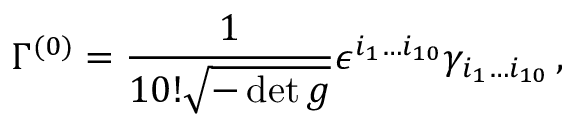
\Gamma ^ { ( 0 ) } = { \frac { 1 } { 1 0 ! \sqrt { - \operatorname * { d e t } g } } } \epsilon ^ { i _ { 1 } \ldots i _ { 1 0 } } \gamma _ { i _ { 1 } \ldots i _ { 1 0 } } \, ,